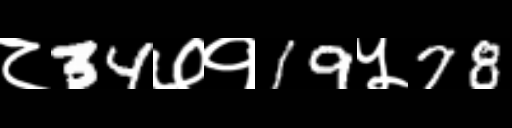
Text: ८34७१19५78